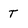
Character: t